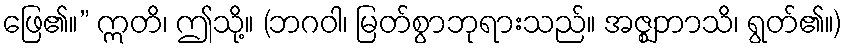
ဖြေ၏။” ဣတိ၊ ဤသို့။ (ဘဂဝါ၊ မြတ်စွာဘုရားသည်။ အဇ္ဈဘာသိ၊ ရွတ်၏။)